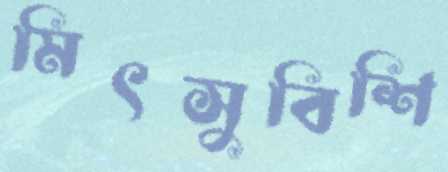
মিৎসুবিশি